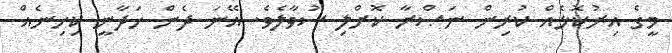
މީގެ އިރުކޮޅެއް ކުރިން ނަޞްރާ ކޮށްލި ސުވާލެވެ. އޭނަ ދެން ހަދާނީ ކިހިނެއް